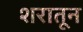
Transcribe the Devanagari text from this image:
शरातून